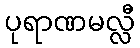
ပုရာဏမလ္လီ